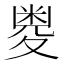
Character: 𱘥